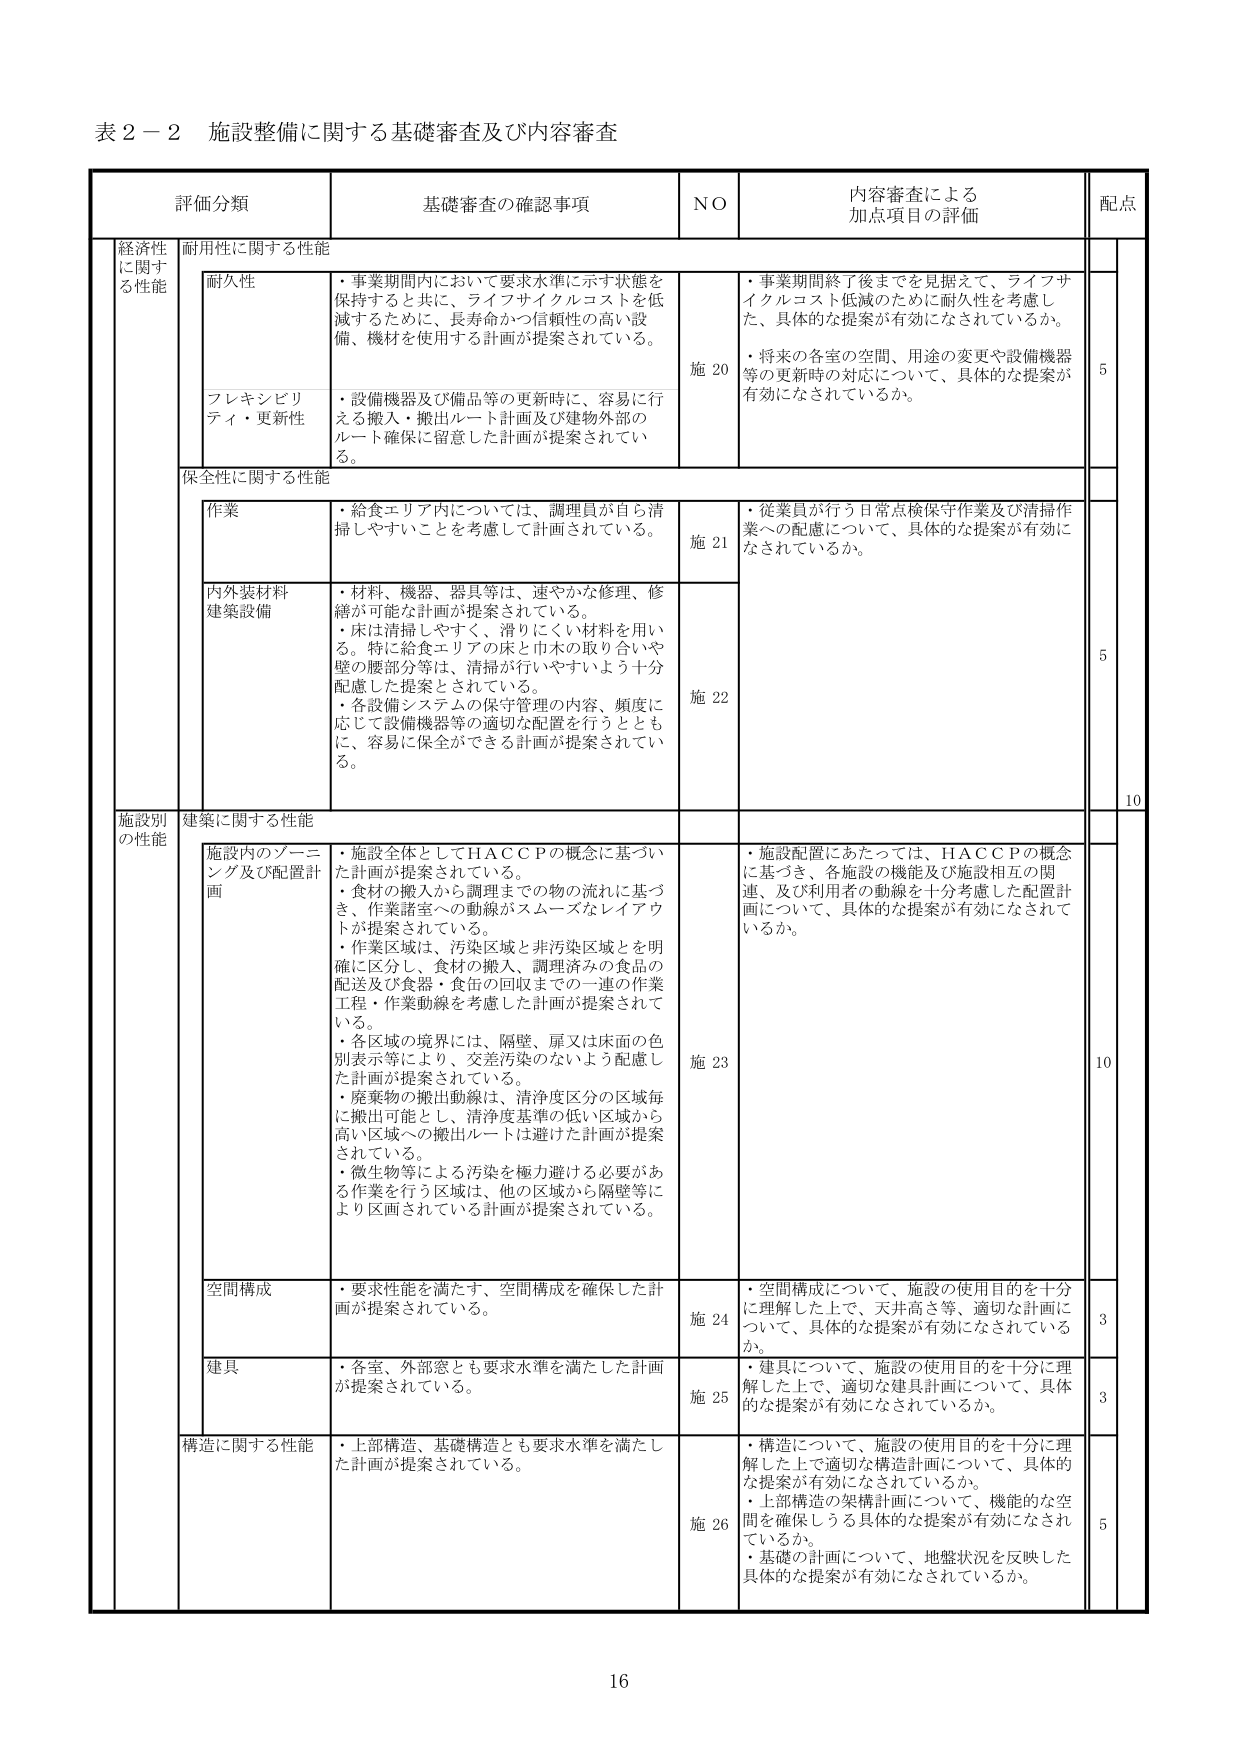
表２－２ 施設整備に関する基礎審査及び内容審査

評価分類 基礎審査の確認事項 NO 内容審査による加点項目の評価 配点

経済性に関する性能 耐用性に関する性能

耐久性 ・事業期間内において要求水準に示す状態を保持すると共に、ライフサイクルコストを低減するために、長寿命かつ信頼性の高い設備、機材を使用する計画が提案されている。 施20 ・事業期間終了後までを見据えて、ライフサイクルコスト低減のために耐久性を考慮した、具体的な提案が有効になされているか。 ・将来の各室の空間、用途の変更や設備機器等の更新時の対応について、具体的な提案が有効になされているか。 5

フレキシビリティ・更新性 ・設備機器及び備品等の更新時に、容易に 行える搬入・搬出ルート計画及び建物外部のルート確保に留意した計画が提案されている。

保全性に関する性能

作業 ・給食エリア内については、調理員が自ら清掃しやすいことを考慮して計画されている。 施21 ・従業員が行う日常点検保守作業及び清掃作業への配慮について、具体的な提案が有効になされているか。 5

内外装材料建築設備 ・材料、機器、器具等は、速やかな修理、修繕が可能な計画が提案されている。 ・床は清掃しやすく、滑りにくい材料を用いる。特に給食エリアの床と巾木の取り合いや壁の腰部分等は、清掃が行いやすいよう十分配慮した提案とされている。 ・各設備システムの保守管理の内容、頻度に応じて設備機器等の適切な配置を行うとともに、容易に保全ができる計画が提案されている。 施22

10

施設別の性能 建築に関する性能

施設内のゾーニング及び配置計画 ・施設全体としてＨＡＣＣＰの概念に基づいた計画が提案されている。 ・食材の搬入から調理までこの物の流れに基づき、作業諸室への動線がスムーズなレイアウトが提案されている。 ・作業区域は、汚染区域と非汚染区域とを明確に区分し、食材の搬入、調理済みの食品の配送及び食器・食缶の回収までの一連の作業工程・作業動線を考慮した計画が提案されている。 ・各区画の境界には、隔壁、扉又は床面の色別表示等により、交差汚染のないよう配慮した計画が提案されている。 ・廃棄物の搬出動線は、清浄度区分の区域毎に搬出可能とし、清浄度基準の低い区域から高い区域への搬出ルートは避けた計画が提案されている。 ・微生物等による汚染を極力避ける必要がある作業を行う区域は、他の区域から隔壁等により区画されている計画が提案されている。 施23 ・施設配置にあたっては、ＨＡＣＣＰの概念に基づき、各施設の機能及び施設相互の関連、及び利用者の動線を十分考慮した配置計画について、具体的な提案が有効になされているか。 10

空間構成 ・要求性能を満たす、空間構成を確保した計画が提案されている。 施24 ・空間構成について、施設の使用目的を十分に理解した上で、天井高さ等、適切な計画について、具体的な提案が有効になされているか。 3

建具 ・各室、外部窓とも要求水準を満たした計画が提案されている。 施25 ・建具について、施設の使用目的を十分に理解した上で、適切な建具計画について、具体的な提案が有効になされているか。 3

構造に関する性能 ・上部構造、基礎構造とも要求水準を満たした計画が提案されている。 施26 ・構造について、施設の使用目的を十分に理解した上で適切な構造計画について、具体的な提案が有効になされているか。 ・上部構造の架構計画について、機能的な空間を確保しうる具体的な提案が有効になされているか。 ・基礎の計画について、地盤状況を反映した具体的な提案が有効になされているか。 5

16